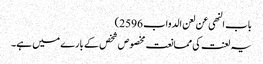
باب النھی عن لعن الدواب 2596)
یہ لعنت کی ممانعت مخصوص شخص کے بارے میں ہے۔